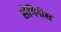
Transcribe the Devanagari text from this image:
सेंगिनीस